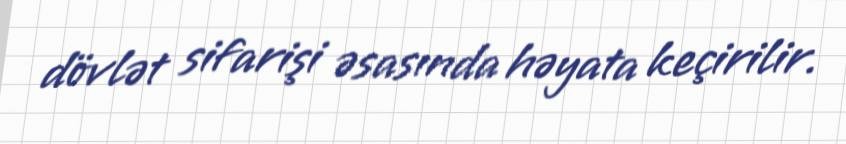
dövlət sifarişi əsasında həyata keçirilir.